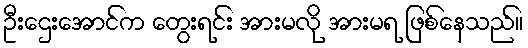
ဦးဌေးအောင်က တွေးရင်း အားမလို အားမရ ဖြစ်နေသည်။